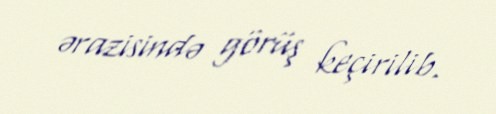
ərazisində görüş keçirilib.